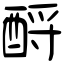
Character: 酹